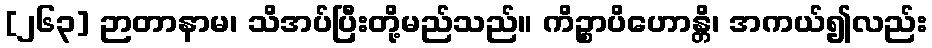
[၂၆၃] ဉာတာနာမ၊ သိအပ်ပြီးတို့မည်သည်။ ကိဉ္စာပိဟောန္တိ၊ အကယ်၍လည်း